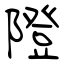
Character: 隥